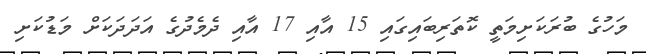
މަހުގެ ބުރަކަށިމަތީ ކޮތަރިބައިގައި 15 އާއި 17 އާއި ދެމެދުގެ އަދަދަކަށް މަޑުކަށި